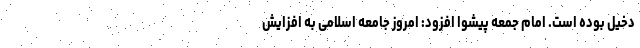
دخیل بوده است. امام جمعه پیشوا افزود: امروز جامعه اسلامی به افزایش